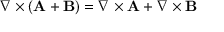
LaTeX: \nabla \times ( \mathbf { A } + \mathbf { B } ) = \nabla \times \mathbf { A } + \nabla \times \mathbf { B }